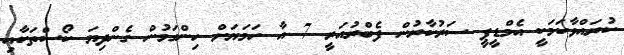
ކުރައްވާކަމަކީ އެމްޑީޕީ ސަރުކާރުން ފެބްރުއަރީ 7 އާ ހަމަޔަށް ހިންގަމުން ގެންދިޔަ ކޯސްތަކާއި